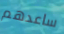
ساعدهم